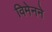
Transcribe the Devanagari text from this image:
विमेनने